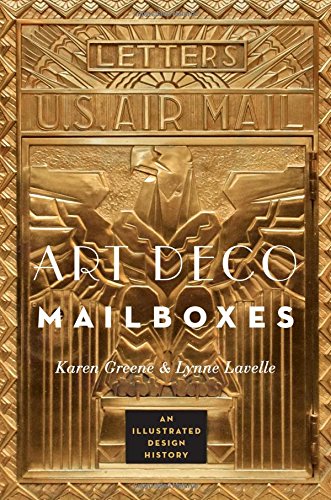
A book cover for Art Deco Mailboxes: An Illustrated Design History; Karen Greene; Arts & Photography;